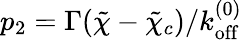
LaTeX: p_{2}=\Gamma(\tilde{\chi}-\tilde{\chi}_{c})/{k_{\mathrm{off}}^{(0)}}